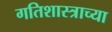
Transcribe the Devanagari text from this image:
गतिशास्त्राच्या